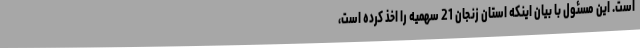
است. این مسئول با بیان اینکه استان زنجان 21 سهمیه را اخذ کرده است،